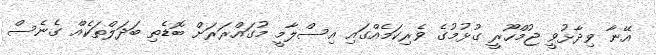
އޭނާ ވިދާޅުވީ ޖުމްހޫރީ ގުޅުމުގެ ވެރިކަމެއްގައި އިސްލާމީ މުގައްރަރަށް ބޮޑެތި ބަދަލްތަކެއް ގެނެސް